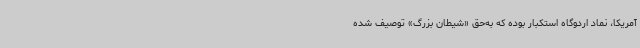
آمریکا، نماد اردوگاه استکبار بوده که به‌حق «شیطان بزرگ» توصیف شده